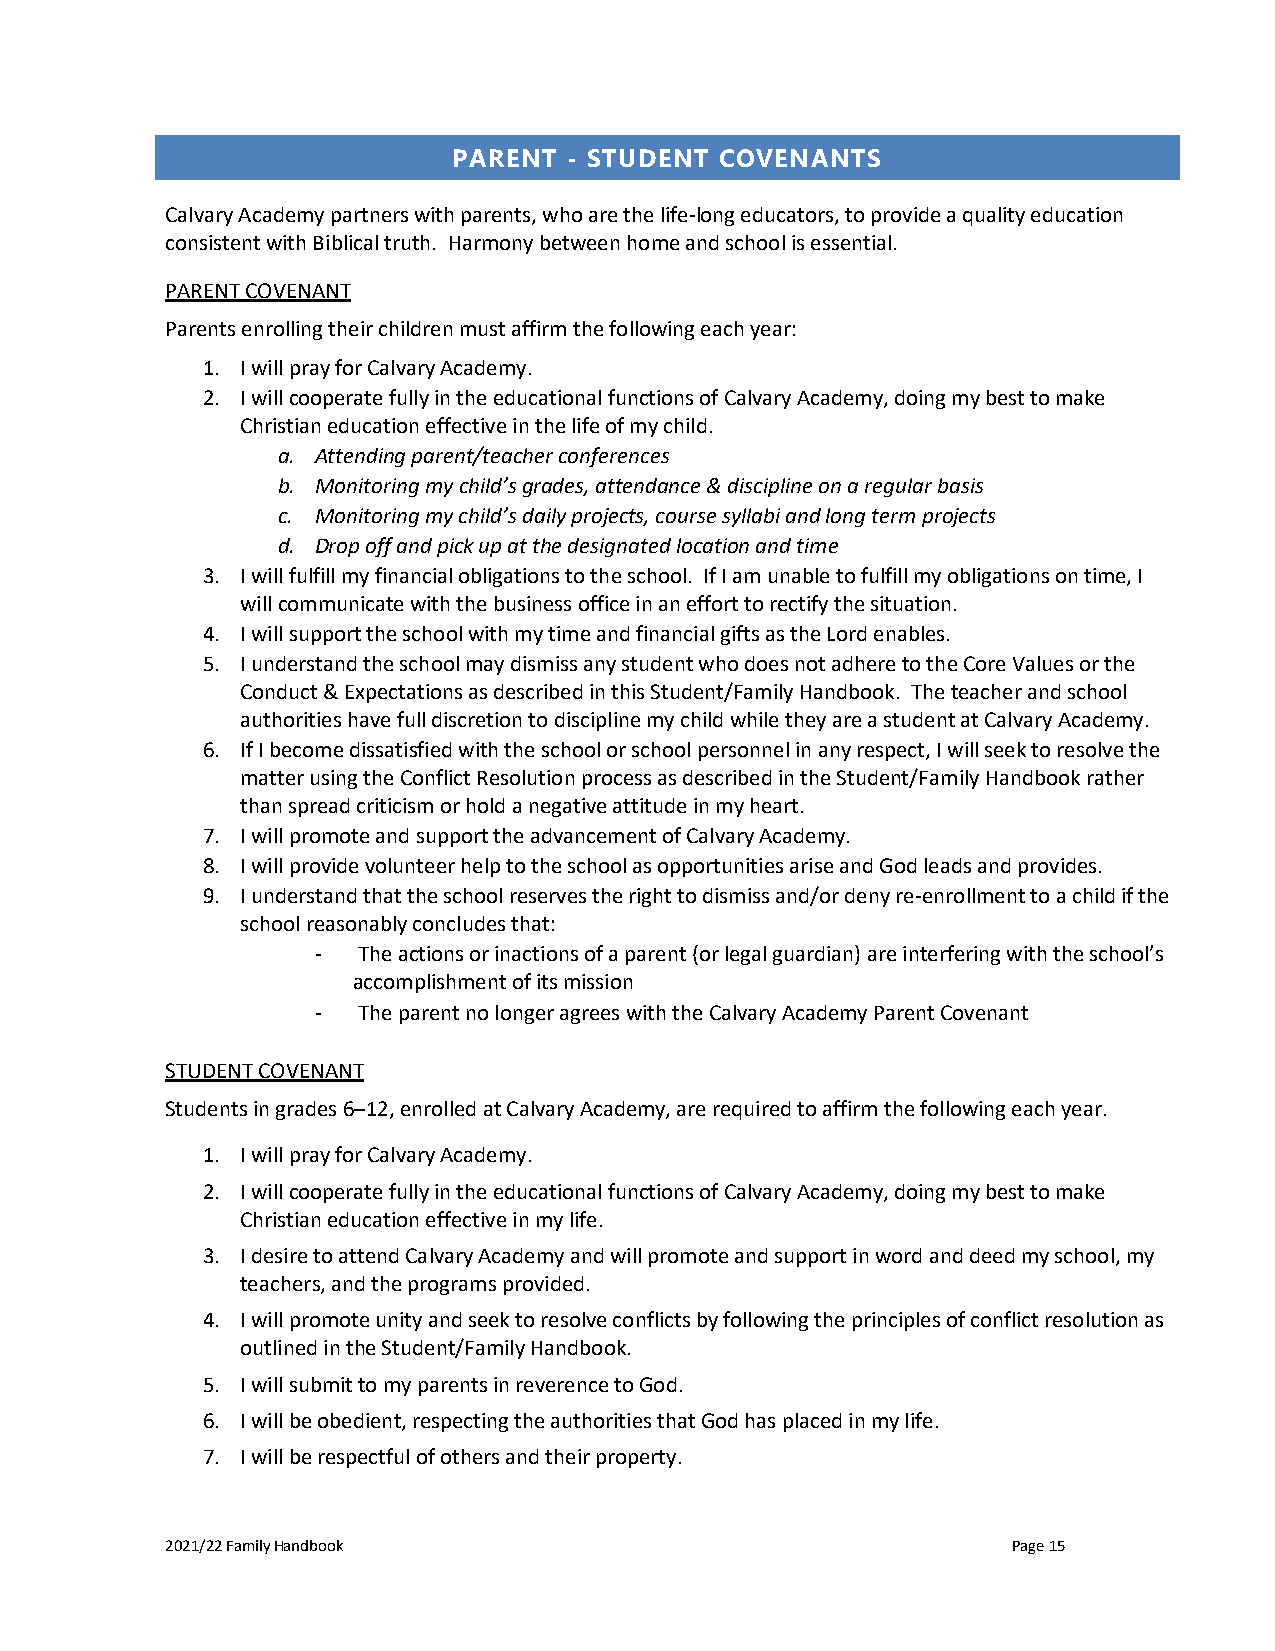
PARENT  - STUDENT COVENANTS
 Calvary Academy partners with parents, who are the life-long educators, to provide a quality education
 consistent with Biblical truth. Harmony between home and school is essential.
 PARENT COVENANT
 Parents enrolling their children must affirm the following each year:
 1. I will pray for Calvary Academy.
 2. I will cooperate fully in the educational functions of Calvary Academy, doing my best to make
 Christian education effective in the life of my child.
 a. Attending parent/teacher conferences
 b. Monitoring my child’s grades, attendance & discipline on a regular basis
 c. Monitoring my child’s daily projects, course syllabi and long term projects
 d. Drop off and pick up at the designated location and time
 3. I will fulfill my financial obligations to the school. If I am unable to fulfill my obligations on time, I
 will communicate with the business office in an effort to rectify the situation.
 4. I will support the school with my time and financial gifts as the Lord enables.
 5. I understand the school may dismiss any student who does not adhere to the Core Values or the
 Conduct & Expectations as described in this Student/Family Handbook. The teacher and school
 authorities have full discretion to discipline my child while they are a student at Calvary Academy.
 6. If I become dissatisfied with the school or school personnel in any respect, I will seek to resolve the
 matter using the Conflict Resolution process as described in the Student/Family Handbook rather
 than spread criticism or hold a negative attitude in my heart.
 7. I will promote and support the advancement of Calvary Academy.
 8. I will provide volunteer help to the school as opportunities arise and God leads and provides.
 9. I understand that the school reserves the right to dismiss and/or deny re-enrollment to a child if the
 school reasonably concludes that:
 -  The actions or inactions of a parent (or legal guardian) are interfering with the school’s
 accomplishment of its mission
 -  The parent no longer agrees with the Calvary Academy Parent Covenant
 STUDENT COVENANT
 Students in grades 6–12, enrolled at Calvary Academy, are required to affirm the following each year.
 1. I will pray for Calvary Academy.
 2. I will cooperate fully in the educational functions of Calvary Academy, doing my best to make
 Christian education effective in my life.
 3. I desire to attend Calvary Academy and will promote and support in word and deed my school, my
 teachers, and the programs provided.
 4. I will promote unity and seek to resolve conflicts by following the principles of conflict resolution as
 outlined in the Student/Family Handbook.
 5. I will submit to my parents in reverence to God.
 6. I will be obedient, respecting the authorities that God has placed in my life.
 7. I will be respectful of others and their property.
 2021/22 Family Handbook                                 Page 15